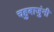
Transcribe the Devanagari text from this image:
चहुबाजुंनी